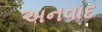
અનવાદ